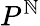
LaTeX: P^{\mathbb{N}}